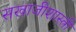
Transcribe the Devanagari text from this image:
सखाजीशास्त्री